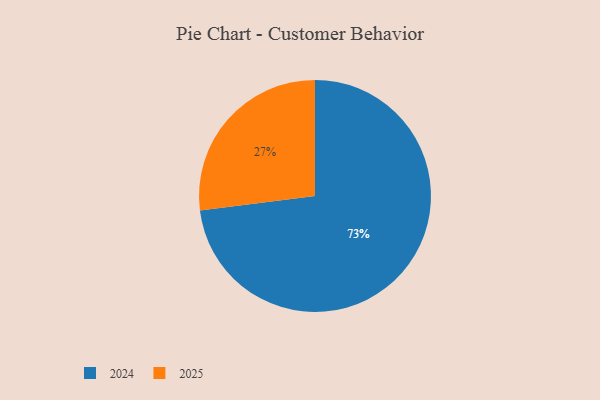
{"axis": {"x": "Category", "y": "Percentage"}, "legend": ["2024", "2025"], "data": [{"x": "2024", "y": 73, "type": "2024"}, {"x": "2025", "y": 27, "type": "2025"}]}